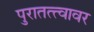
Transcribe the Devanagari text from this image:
पुरातत्त्वावर